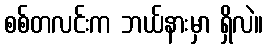
စစ်တလင်းက ဘယ်နားမှာ ရှိလဲ။